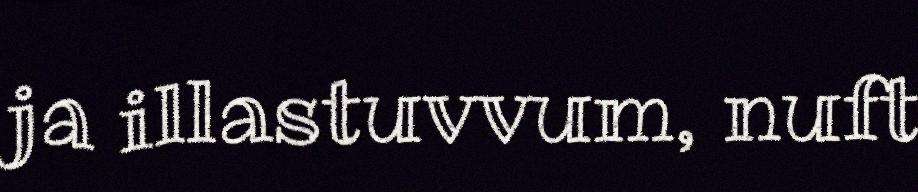
ja illastuvvum, nuft